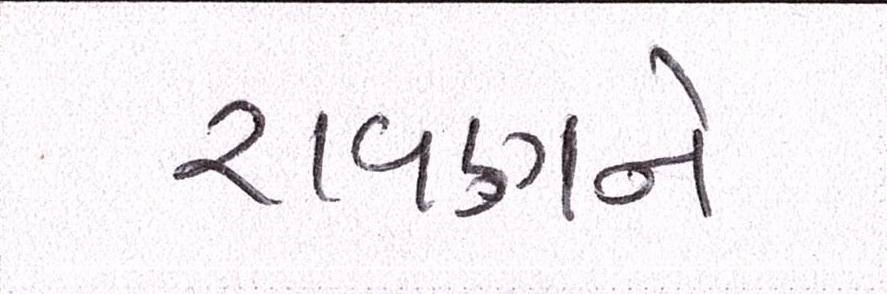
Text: રાવણને